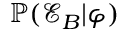
\mathbb { P } ( \mathcal { E } _ { B } | \boldsymbol { \varphi } )